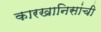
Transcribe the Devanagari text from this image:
कारखानिसांची